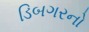
ડિબગરનો